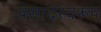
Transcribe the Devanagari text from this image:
प्रसादस्‍वरूप